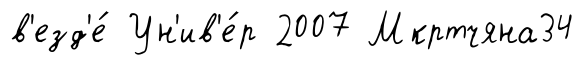
в'езд'е́ Ун'ив'е́р 2007 Мкртчяна34